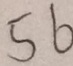
5 6